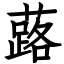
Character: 蕗